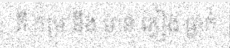
គឺ កម្រ នឹង មាន ភ្លៀង ធ្លាក់